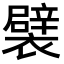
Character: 襞